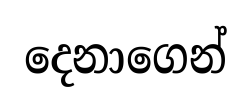
දෙනාගෙන්